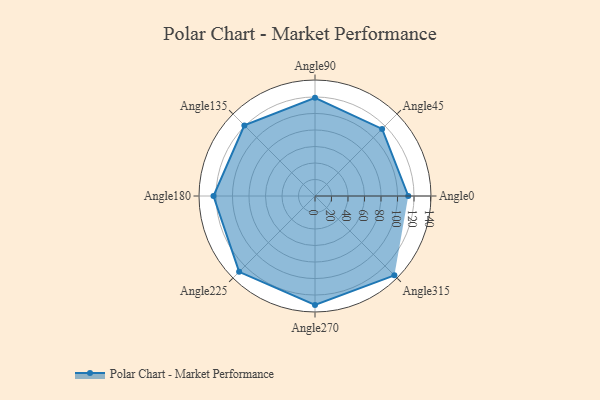
{"axis": {"x": "Angle", "y": "Radius"}, "legend": [""], "data": [{"x": "Angle0", "y": 113.0, "type": ""}, {"x": "Angle45", "y": 115.0, "type": ""}, {"x": "Angle90", "y": 119.0, "type": ""}, {"x": "Angle135", "y": 121.0, "type": ""}, {"x": "Angle180", "y": 123.0, "type": ""}, {"x": "Angle225", "y": 130.0, "type": ""}, {"x": "Angle270", "y": 132.0, "type": ""}, {"x": "Angle315", "y": 136.0, "type": ""}]}